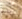
بارني